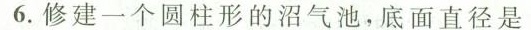
6.修建一个圆柱形的沼气池，底面直径是